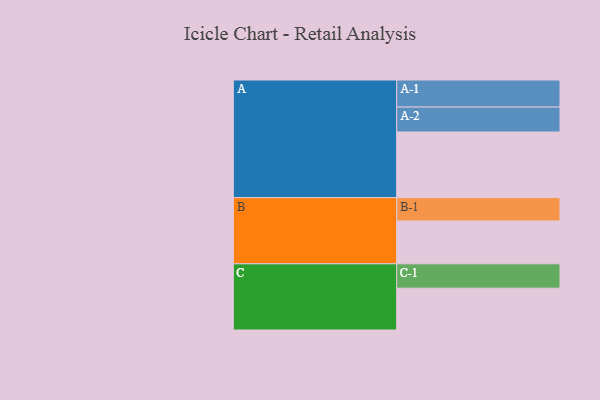
{"axis": {"x": "Segment", "y": "Value"}, "legend": ["", "A", "B", "C"], "data": [{"x": "A", "y": 582, "type": ""}, {"x": "B", "y": 380, "type": ""}, {"x": "C", "y": 371, "type": ""}, {"x": "A-1", "y": 240, "type": "A"}, {"x": "A-2", "y": 221, "type": "A"}, {"x": "B-1", "y": 207, "type": "B"}, {"x": "C-1", "y": 216, "type": "C"}]}